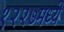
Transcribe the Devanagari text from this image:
१२२७मध्ये